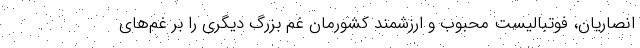
انصاریان، فوتبالیست محبوب و ارزشمند کشورمان غم بزرگ دیگری را بر غم‌های